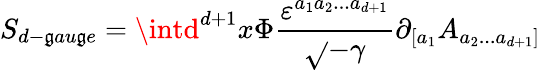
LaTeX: S_{d-\mathfrak{g}au\mathfrak{g}e}=\intd^{d+1}x\Phi\frac{{\varepsilon^{a_{1}a_{2}...a_{d+1}}}}{{\sqrt{}{{-\gamma}}}}\partial_{[a_{1}}A_{a_{2}...a_{d+1}]}